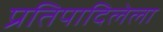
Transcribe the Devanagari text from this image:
प्रतिपादिलेला